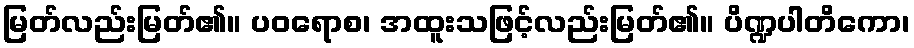
မြတ်လည်းမြတ်၏။ ပဝရောစ၊ အထူးသဖြင့်လည်းမြတ်၏။ ပိဏ္ဍပါတိကော၊